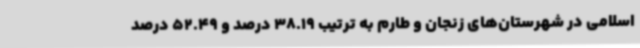
اسلامی در شهرستان‌های زنجان و طارم به ترتیب 38.19 درصد و 52.49 درصد